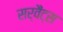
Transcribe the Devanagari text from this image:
सर्वैंट्स